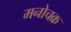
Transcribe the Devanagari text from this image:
मनोचक्र